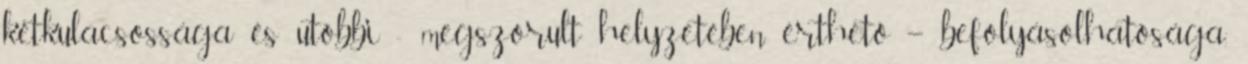
kétku­la­csos­sága és utóbbi - megszorult helyzetében érthető – befolyá­solhatósága,